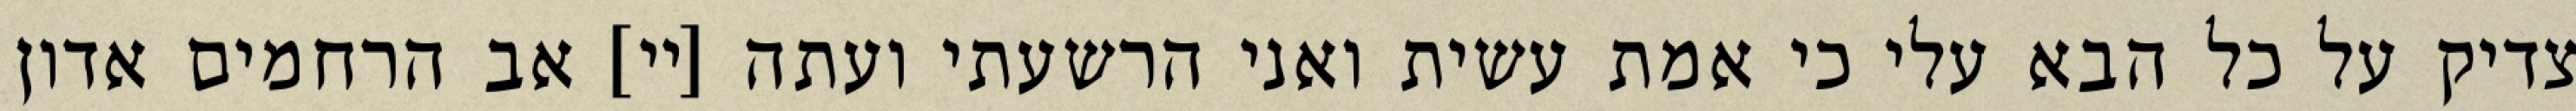
צדיק על כל הבא עלי כי אמת עשית ואני הרשעתי ועתה [יי] אב הרחמים אדון